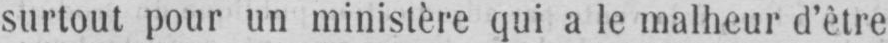
surtout pour un ministère qui a le malheur d’être